Indian journal of veterinary science and animal husbandry - Volume 12,
Year: 1942
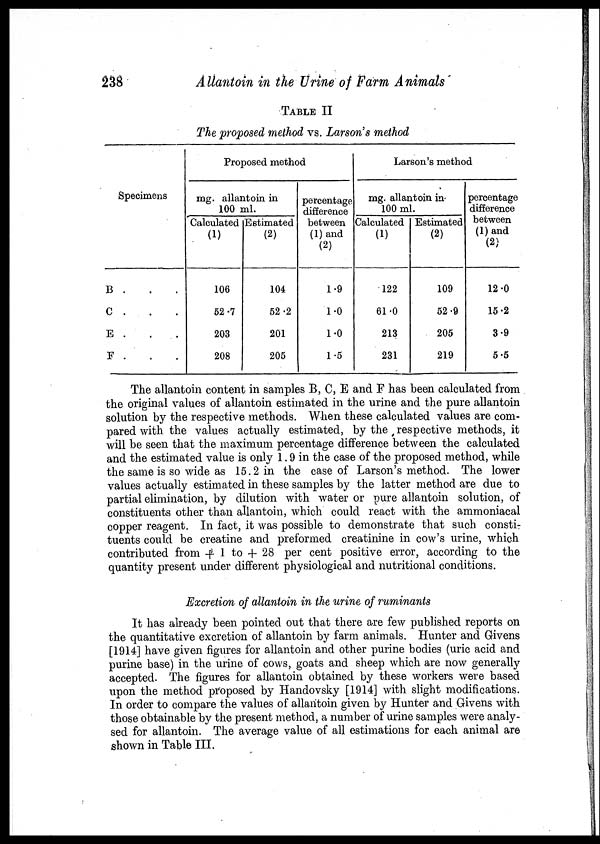
238
Allantoin in the Urine of Farm Animals
TABLE II
The proposed method vs. Larson's method
Specimens
B . . .
C . . .
E . . .
F . . .
Proposed method
mg. allantoin in
100 ml.
Calculated
(1)
106
52.7
203
208
Estimated
(2)
104
52.2
201
205
percentage
difference
between
(1) and
(2)
1.9
1.0
1.0
1.5
Larson's method
mg. allantoin in
100 ml.
Calculated
(1)
122
61.0
213
231
Estimated
(2)
109
52.9
205
219
percentage
difference
between
(1) and
(2)
12.0
15.2
3.9
5.5
The allantoin content in samples B, C, E and F has been calculated from
the original values of allantoin estimated in the urine and the pure allantoin
solution by the respective methods. When these calculated values are com-
pared with the values actually estimated, by the respective methods, it
will be seen that the maximum percentage difference between the calculated
and the estimated value is only 1.9 in the case of the proposed method, while
the same is so wide as 15.2 in the case of Larson's method. The lower
values actually estimated in these samples by the latter method are due to
partial elimination, by dilution with water or pure allantoin solution, of
constituents other than allantoin, which could react with the ammoniacal
copper reagent. In fact, it was possible to demonstrate that such consti-
tuents could be creatine and preformed creatinine in cow's urine, which
contributed from + 1 to + 28 per cent positive error, according to the
quantity present under different physiological and nutritional conditions.
Excretion of allantoin in the urine of ruminants
It has already been pointed out that there are few published reports on
the quantitative excretion of allantoin by farm animals. Hunter and Givens
[1914] have given figures for allantoin and other purine bodies (uric acid and
purine base) in the urine of cows, goats and sheep which are now generally
accepted. The figures for allantoin obtained by these workers were based
upon the method proposed by Handovsky [1914] with slight modifications.
In order to compare the values of allantoin given by Hunter and Givens with
those obtainable by the present method, a number of urine samples were analy-
sed for allantoin. The average value of all estimations for each animal are
shown in Table III.